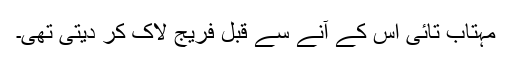
مہتاب تائی اس کے آنے سے قبل فریج لاک کر دیتی تھی۔